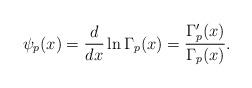
LaTeX: \begin{align*}\psi_p(x)=\frac{d}{ dx} \ln \Gamma_p(x)=\frac{\Gamma'_p(x)}{\Gamma_p(x)}.\end{align*}